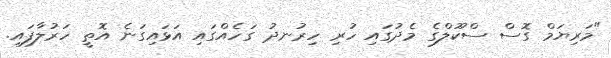
"މަރިޔަމް ގޮސް ސްކޫލްގެ މެދުގައި ހުރި ހިރުނދު ގަހެއްގައި އަޅައިގަނެ އޮތީ ހަރުލާފައި.